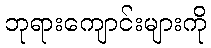
ဘုရားကျောင်းများကို